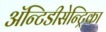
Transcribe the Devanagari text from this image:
ॲन्टिडीसेन्ट्रिका